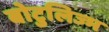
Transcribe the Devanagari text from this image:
बोटुलिज्म